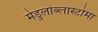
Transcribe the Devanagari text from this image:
मेडुलोब्लास्टोमा